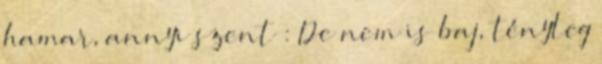
hamar, annyi szent : De nem is baj, tényleg